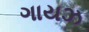
ગાયઝ